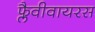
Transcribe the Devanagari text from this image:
फ्लैवीवायरस